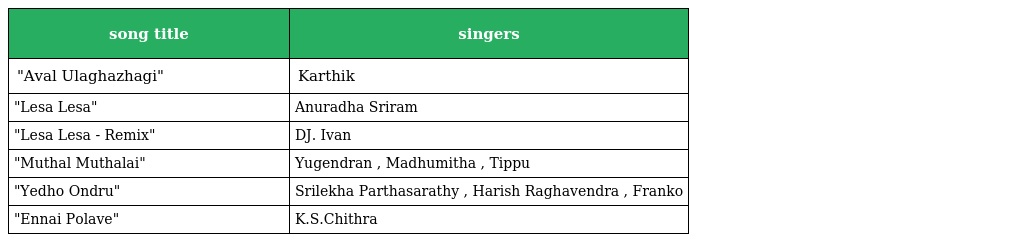
| song title | singers |
 | --- | --- |
 | "Aval Ulaghazhagi" | Karthik |
 | "Lesa Lesa" | Anuradha Sriram |
 | "Lesa Lesa - Remix" | DJ. Ivan |
 | "Muthal Muthalai" | Yugendran , Madhumitha , Tippu |
 | "Yedho Ondru" | Srilekha Parthasarathy , Harish Raghavendra , Franko |
 | "Ennai Polave" | K.S.Chithra |